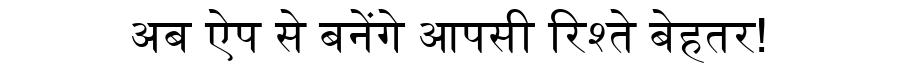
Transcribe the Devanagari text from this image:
अब ऐप से बनेंगे आपसी रिश्ते बेहतर!